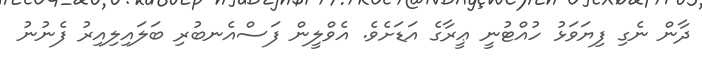
ދާން ނެގި ފިޔަވަޅު ހުއްޓުނީ ޢީރާގެ އަޑަށެވެ. އެވްލީން ފަސްއެނބުރި ބަލައިލިއިރު ފެނުނު